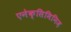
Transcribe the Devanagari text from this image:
एनेक्सिमिनिज़